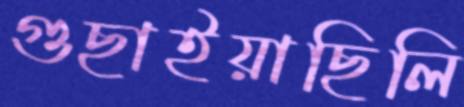
গুছাইয়াছিলি